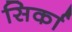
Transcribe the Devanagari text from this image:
सिर्का